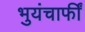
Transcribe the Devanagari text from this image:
भुयंचाफीं